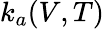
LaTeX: k_{a}(V,T)